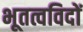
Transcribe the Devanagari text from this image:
भूतत्वविदों